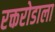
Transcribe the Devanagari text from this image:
रक्तरोडाला